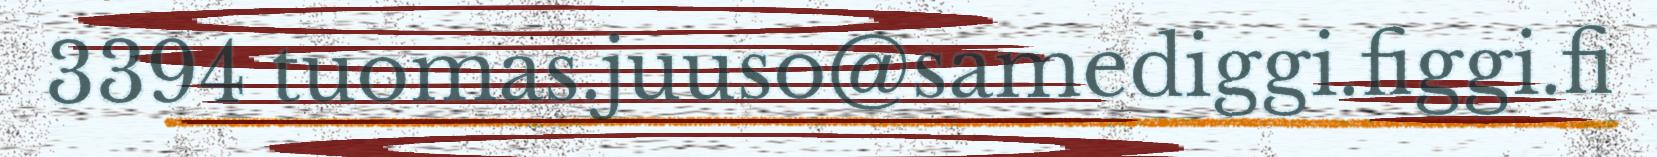
3394 tuomas.juuso@samediggi.figgi.fi